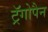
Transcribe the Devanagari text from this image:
ट्रॅगोपैन